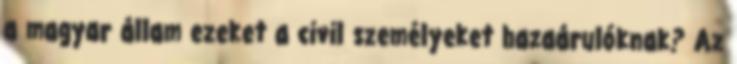
a magyar állam ezeket a civil személyeket hazaárulóknak? Az